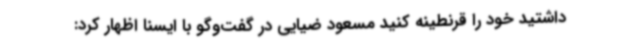
داشتید خود را قرنطینه کنید مسعود ضیایی در گفت‌وگو با ایسنا اظهار کرد: